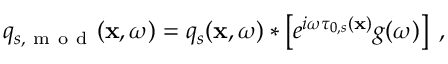
q _ { s , \mathrm { ~ m ~ o ~ d ~ } } ( \mathbf { x } , \omega ) = q _ { s } ( \mathbf { x } , \omega ) * \left[ e ^ { i \omega \tau _ { 0 , s } ( \mathbf { x } ) } g ( \omega ) \right] \; ,